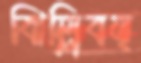
ঝিল্লিবত্